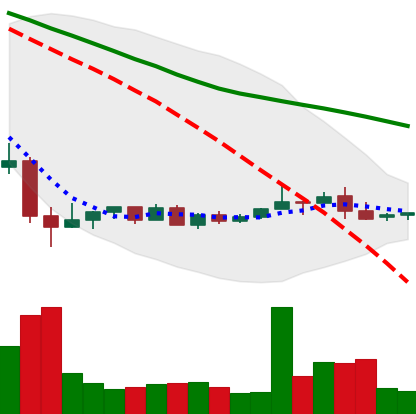
Ticker: NEO-USD
Chart end date: 2022-05-29
Forward return: 5.278%
Label: up_5_7